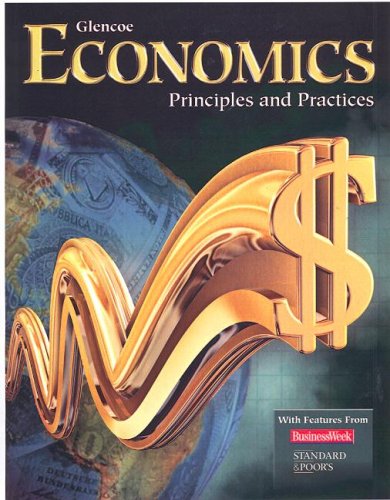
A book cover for Economics: Principles and Practices; McGraw-Hill; Business & Money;